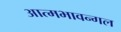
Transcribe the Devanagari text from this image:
आत्मभावन्गल